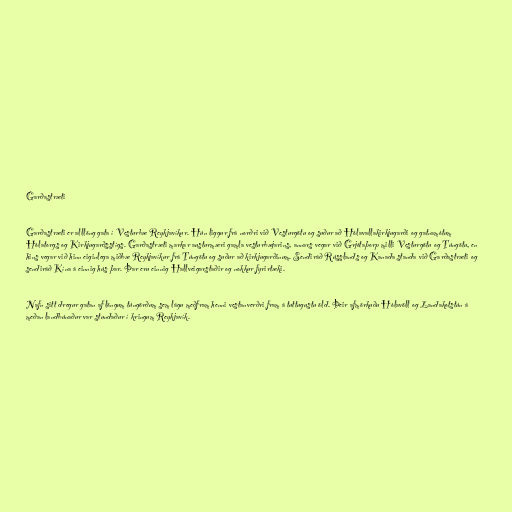
Garðastræti

Garðastræti er alllöng gata í Vesturbæ Reykjavíkur. Hún liggur frá norðri við Vesturgötu og suður að Hólavallakirkjugarði og gatnamótum
Hólatorgs og Kirkjugarðsstígs. Garðastræti markar austurmæri gamla vesturbæjarins, annars vegar við Grjótaþorp milli Vesturgötu og Túngötu, en
hins vegar við hinn eiginlega miðbæ Reykjavíkur frá Túngötu og suður að kirkjugarðinum. Sendiráð Rússlands og Kanada standa við Garðastræti og
sendiráð Kína á einnig hús þar. Þar eru einnig Hallveigarstaðir og nokkur fyrirtæki.

Nafn sitt dregur gatan af löngum túngörðum sem lágu meðfram henni vestanverðri fram á tuttugustu öld. Þeir afmörkuðu Hólavöll og Landakotstún á
meðan landbúnaður var stundaður í kringum Reykjavík.